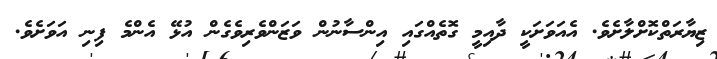
ޒިޔާރަތްކޮށްލާށެވެ. އެއަވަށަކީ ދާއިމީ ގޮތެއްގައި އިންސާނުން ވަޒަންވެރިވެގެން އުޅޭ އެންމެ ފިނި އަވަށެވެ.